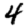
Digit: 4